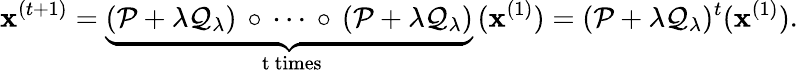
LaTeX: \mathbf{x}^{(t+1)}=\underset{\mathrm{~t~times}}{\underbrace{(\mathcal{P}+\lambda\mathcal{Q}_{\lambda})\, \circ\, \cdots\, \circ\, (\mathcal{P}+\lambda\mathcal{Q}_{\lambda})}}\, (\mathbf{x}^{(1)})=(\mathcal{P}+\lambda\mathcal{Q}_{\lambda})^{t}(\mathbf{x}^{(1)}).